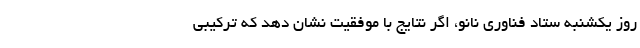
روز یکشنبه ستاد فناوری نانو، اگر نتایج با موفقیت نشان دهد که ترکیبی